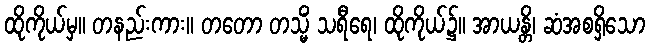
ထိုကိုယ်မှ။ တနည်းကား။ တတော တသ္မိံ သရီရေ၊ ထိုကိုယ်၌။ အာယန္တိ၊ ဆံအစရှိသော